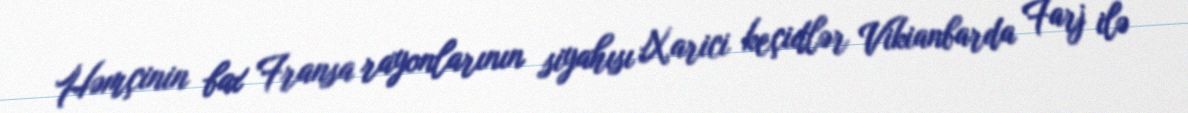
Həmçinin bax Fransa rayonlarının siyahısı Xarici keçidlər Vikianbarda Farj ilə